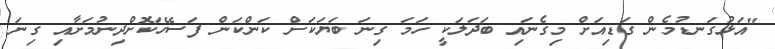
"އަޅުގަނޑުމެން ގަޑިއަށް މިގެނައި ބަދަލަކީ ހަމަ ގިނަ ބަޔަކަށް ކަންކަން ފަސޭހަކޮށްދިނުމަށާއި ގިނަ